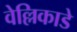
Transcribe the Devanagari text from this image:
वेल्लिकाडे